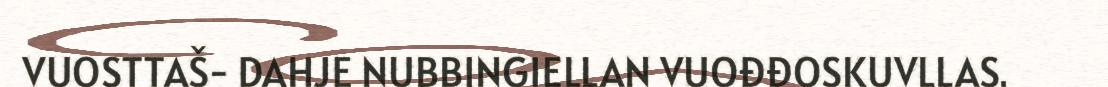
VUOSTTAŠ- DAHJE NUBBINGIELLAN VUOĐĐOSKUVLLAS.